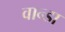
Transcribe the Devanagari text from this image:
वान्डा